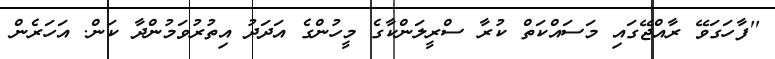
''ފާހަގަވޭ ރާއްޖޭގައި މަސައްކަތް ކުރާ ސްރީލަންކާގެ މީހުންގެ އަދަދު އިތުރުވަމުންދާ ކަން. އަހަރެން